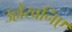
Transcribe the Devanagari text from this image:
उल्लेखनिए